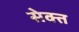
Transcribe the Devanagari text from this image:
सेक्त